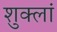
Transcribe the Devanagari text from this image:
शुक्लां